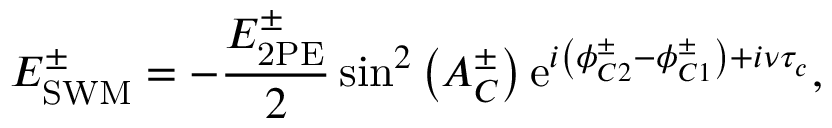
E _ { \mathrm { S W M } } ^ { \pm } = - \frac { E _ { \mathrm { 2 P E } } ^ { \pm } } { 2 } \sin ^ { 2 } \left( A _ { C } ^ { \pm } \right) \mathrm { e } ^ { i \left( \phi _ { C 2 } ^ { \pm } - \phi _ { C 1 } ^ { \pm } \right) + i \nu \tau _ { c } } ,